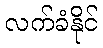
လက်ခံနိုင်